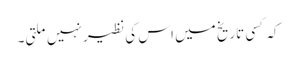
کہ کسی تاریخ میں اس کی نظیر نہیں ملتی۔